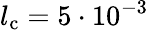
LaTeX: l_{\mathrm{c}}=5\cdot 10^{-3}